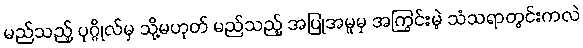
မည်သည့် ပုဂ္ဂိုလ်မှ သို့မဟုတ် မည်သည့် အပြုအမူမှ အကြွင်းမဲ့ သံသရာတွင်းကလဲ